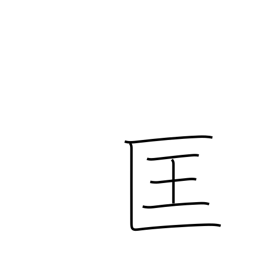
Meaning: correct